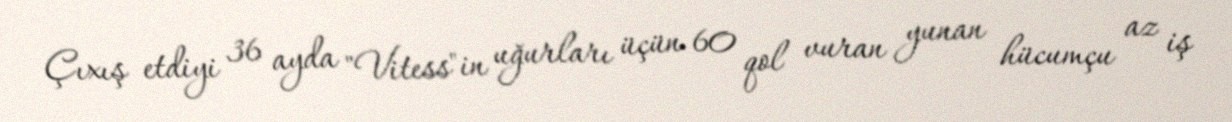
Çıxış etdiyi 36 ayda "Vitess"in uğurları üçün 60 qol vuran yunan hücumçu az iş